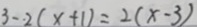
3 - 2 ( x + 1 ) = 2 ( x - 3 )